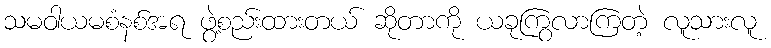
သမဝါယမစံနစ်အရ ဖွဲ့စည်းထားတယ် ဆိုတာကို ယခုကြွလာကြတဲ့ လူသားလူ